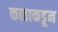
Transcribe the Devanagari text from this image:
काठाकडून